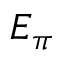
E _ { \pi }